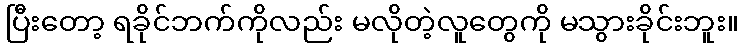
ပြီးတော့ ရခိုင်ဘက်ကိုလည်း မလိုတဲ့လူတွေကို မသွားခိုင်းဘူး။